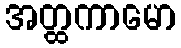
အတ္ထကာမော